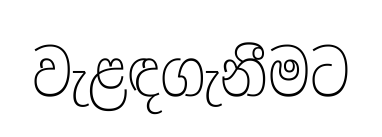
වැළඳගැනීමට